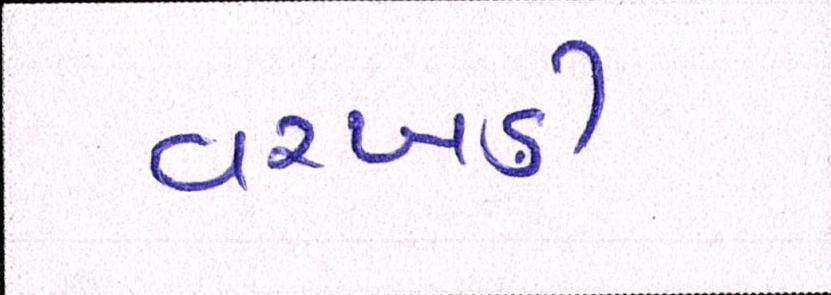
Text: વરખડી